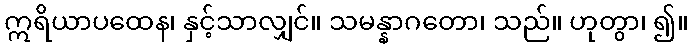
ဣရိယာပထေန၊ နှင့်သာလျှင်။ သမန္နာဂတော၊ သည်။ ဟုတွာ၊ ၍။